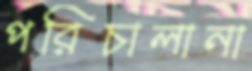
পরিচালানা